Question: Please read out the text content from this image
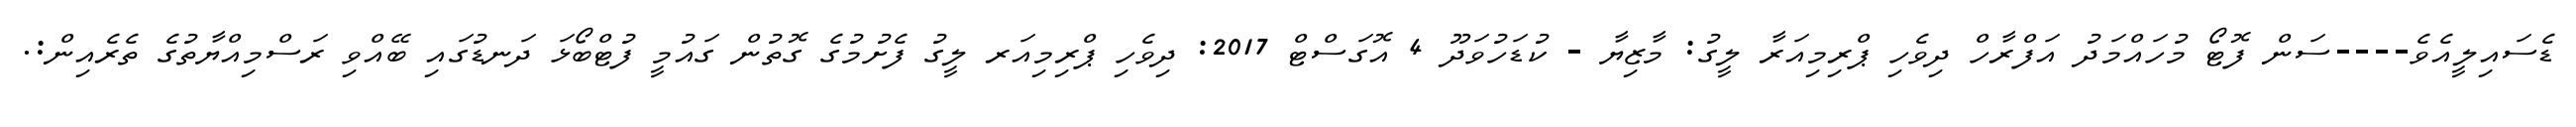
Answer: ޑެސައިލީއެވެ----ސަން ފޮޓޯ މުހައްމަދު އަފްރާހް ދިވެހި ޕްރިމިއަރާ ލީގު: މާޒިޔާ - ކުޑަހުވަދޫ 4 އޮގަސްޓް 2017: ދިވެހި ޕްރިމިއަރ ލީގު ފެށުމުގެ ގޮތުން ގައުމީ ފުޓްބޯޅަ ދަނޑުގައި ބޭއްވި ރަސްމިއްޔާތުގެ ތެރެއިން:.